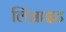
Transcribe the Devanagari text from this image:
लिंग्नाइट